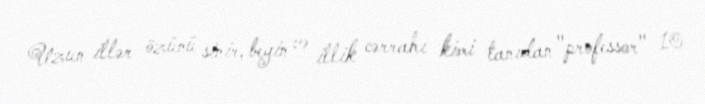
Uzun illər özünü sinir, beyin və illik cərrahı kimi tanıdan "professor" 10